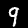
Digit: 9